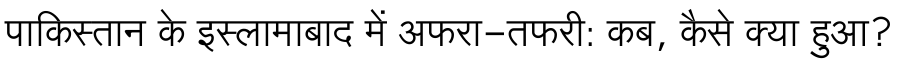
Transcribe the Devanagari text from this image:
पाकिस्तान के इस्लामाबाद में अफरा-तफरी: कब, कैसे क्या हुआ?